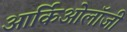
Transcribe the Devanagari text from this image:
आर्किओलॉजी